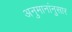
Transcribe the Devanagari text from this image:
अनुमानांनुसार